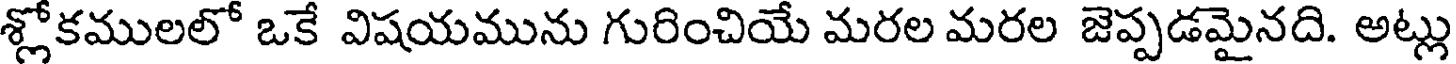
శ్లోకములలో ఒకే విషయమును గురించియే మరల మరల జెప్పడమైనది. అట్లు